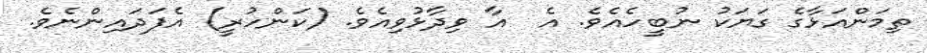
ތިމަންއަޅާގެ ގަޔަކު ނުބީހެއެވެ. އެ  އާ ވިދާޅުވިއެވެ. (ކަންހުރީ) އެފަދައިންނެވެ.